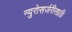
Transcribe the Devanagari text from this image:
न्युरोसर्जरीसाठी